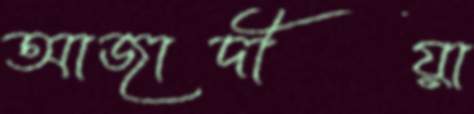
আজাদীয়া